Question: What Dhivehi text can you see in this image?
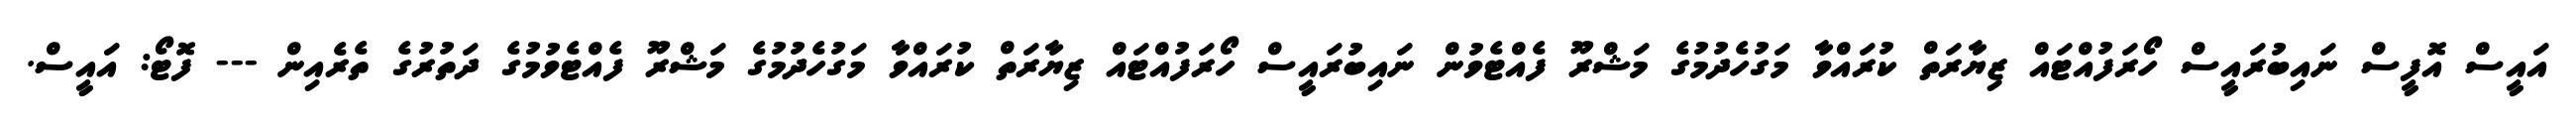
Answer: އައީސް އޮފީސް ނައިބުރައީސް ހޯރަފުއްޓައް ޒިޔާރަތް ކުރައްވާ މަގުހެދުމުގެ މަޝްރޫ ފެއްޓެވުން ނައިބުރައީސް ހޯރަފުއްޓައް ޒިޔާރަތް ކުރައްވާ މަގުހެދުމުގެ މަޝްރޫ ފެއްޓެވުމުގެ ދަތުރުގެ ތެރެއިން --- ފޮޓޯ: އައީސް.